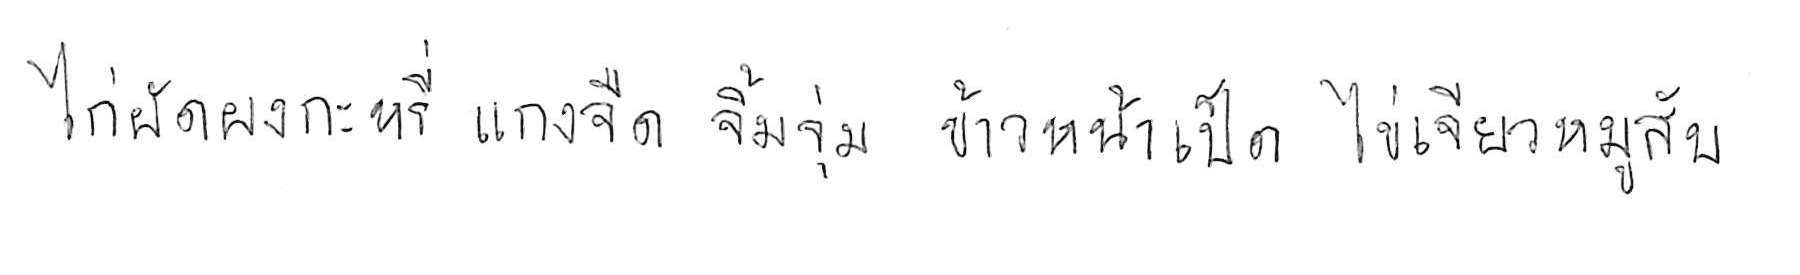
ไก่ผัดผงกะหรี่ แกงจืด จิ้มจุ่ม ข้าวหน้าเป็ด ไข่เจียวหมูสับ